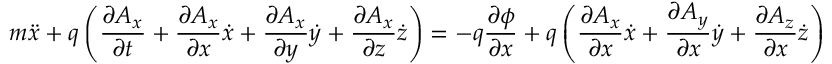
m { \ddot { x } } + q \left( { \frac { \partial A _ { x } } { \partial t } } + { \frac { \partial A _ { x } } { \partial x } } { \dot { x } } + { \frac { \partial A _ { x } } { \partial y } } { \dot { y } } + { \frac { \partial A _ { x } } { \partial z } } { \dot { z } } \right) = - q { \frac { \partial \phi } { \partial x } } + q \left( { \frac { \partial A _ { x } } { \partial x } } { \dot { x } } + { \frac { \partial A _ { y } } { \partial x } } { \dot { y } } + { \frac { \partial A _ { z } } { \partial x } } { \dot { z } } \right)